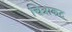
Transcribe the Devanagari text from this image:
चित्राकट